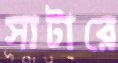
সাটারে